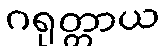
ဂရုတ္တာယ